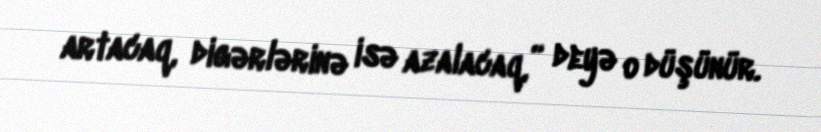
artacaq, digərlərinə isə azalacaq,” deyə o düşünür.